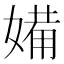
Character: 𱙡